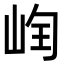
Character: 𡷄